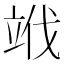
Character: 𥩱